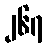
၂၆၇